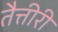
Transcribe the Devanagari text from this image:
तैत्तीरी